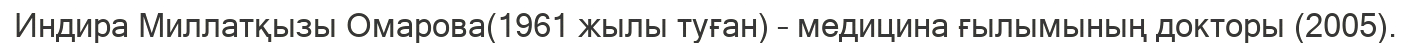
Индира Миллатқызы Омарова(1961 жылы туған) – медицина ғылымының докторы (2005).